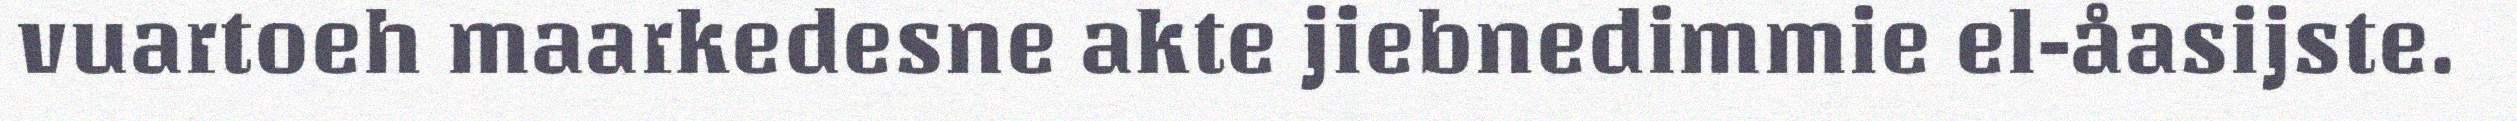
vuartoeh maarkedesne akte jiebnedimmie el-åasijste.